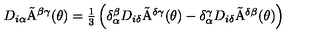
D _ { i \alpha } \tilde { \mathrm { A } } ^ { \beta \gamma } ( \theta ) = \textstyle { \frac { 1 } { 3 } } \left( \delta _ { \alpha } ^ { \beta } D _ { i \delta } \tilde { \mathrm { A } } ^ { \delta \gamma } ( \theta ) - \delta _ { \alpha } ^ { \gamma } D _ { i \delta } \tilde { \mathrm { A } } ^ { \delta \beta } ( \theta ) \right)